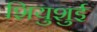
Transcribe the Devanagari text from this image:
शियुशुई